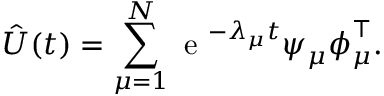
\hat { U } ( t ) = \sum _ { \mu = 1 } ^ { N } \mathrm { ~ e ~ } ^ { - \lambda _ { \mu } t } \boldsymbol { \psi } _ { \mu } \boldsymbol { \phi } _ { \mu } ^ { \intercal } .